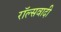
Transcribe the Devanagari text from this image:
रॉल्सवादी